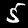
Digit: 5